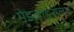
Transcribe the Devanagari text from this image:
मेडलाइनप्लस